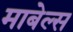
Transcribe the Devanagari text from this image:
माबेल्स